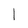
Character: I